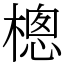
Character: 樬